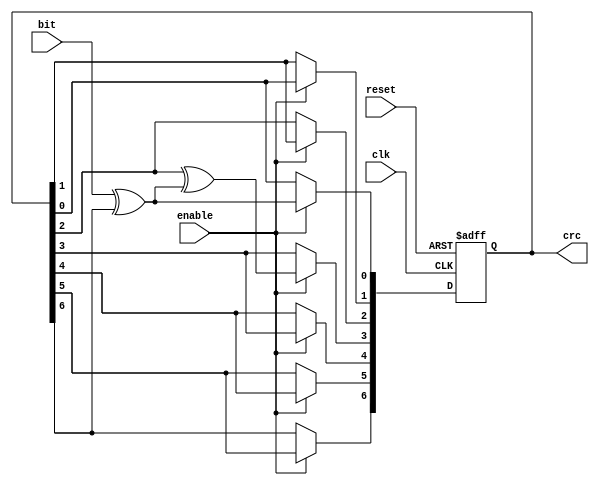
module crc_7(bit, enable, clk, reset, crc);
  input bit;
  input enable;
  input clk;
  input reset;
  output[6:0] crc;

  reg[6:0] crc;   

  wire inv;

  assign inv = bit ^ crc[6];

  always @(posedge clk or posedge reset) begin
    if (reset) begin
      crc = 0;
    end else begin
      if (enable) begin
        crc[6] = crc[5];
        crc[5] = crc[4];
        crc[4] = crc[3];
        crc[3] = crc[2] ^ inv;
        crc[2] = crc[1];
        crc[1] = crc[0];
        crc[0] = inv;
      end
    end
  end

endmodule